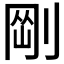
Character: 𠝴